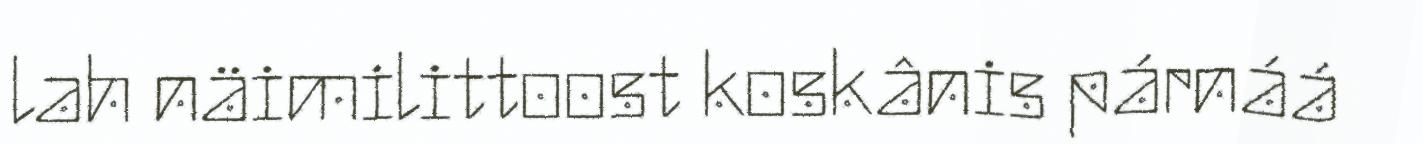
lah näimilittoost koskânis párnáá